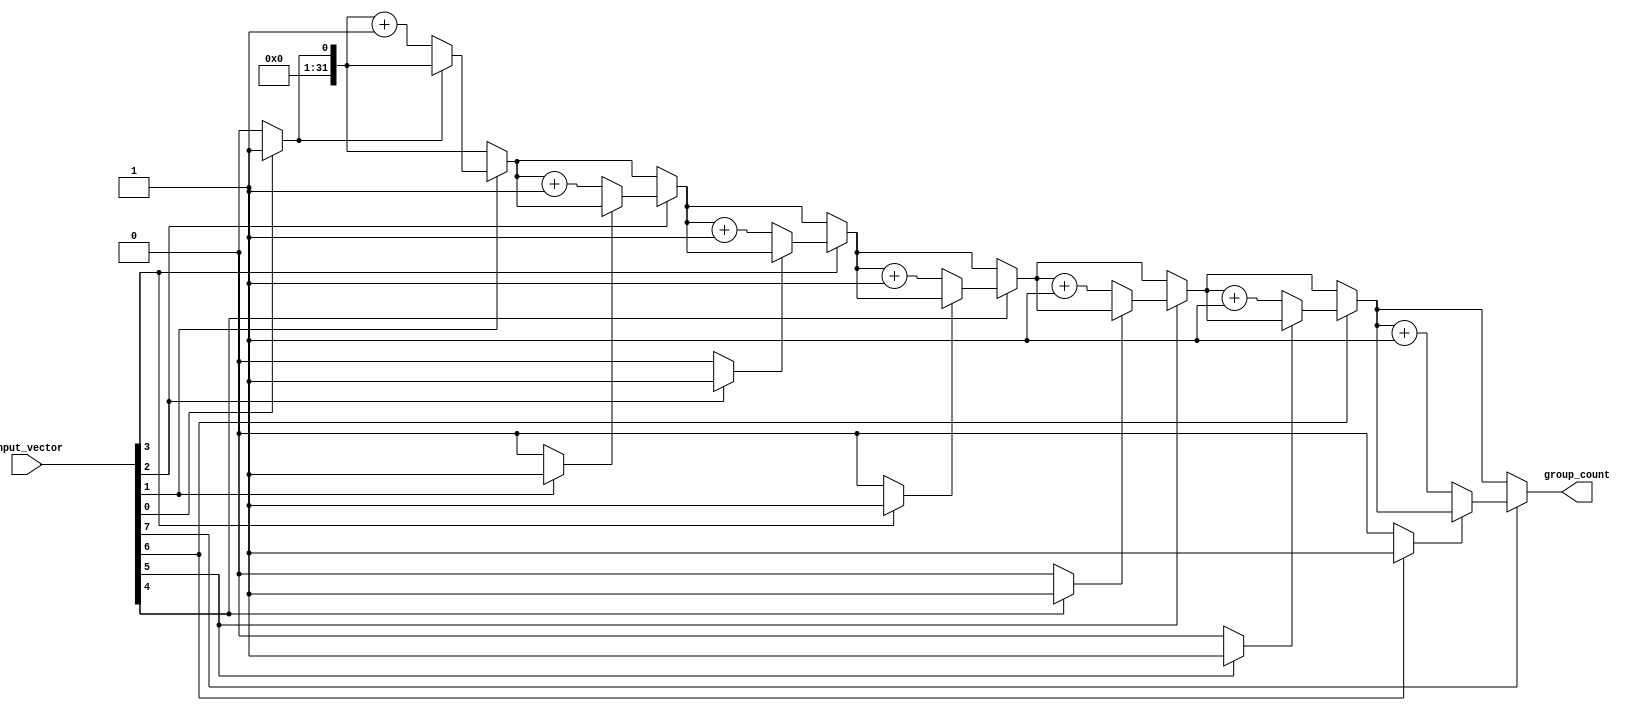
module group_of_ones (
    input wire [N-1:0] input_vector, // N-bit binary input vector
    output reg [31:0] group_count      // Output for group count (assuming max count fits in 32 bits)
);
    parameter N = 8; // Define the size of the input vector (change as needed)

    integer i;
    reg in_group;

    always @(*) begin
        // Initialize group_count and in_group
        group_count = 0;
        in_group = 0;

        // Iterate through the input_vector
        for (i = 0; i < N; i = i + 1) begin
            if (input_vector[i] == 1'b1) begin
                if (in_group == 1'b0) begin
                    // New group found
                    group_count = group_count + 1;
                    in_group = 1'b1; // Set in_group to true
                end
            end else begin
                // Current bit is '0', end of any ongoing group
                in_group = 1'b0; // Set in_group to false
            end
        end
    end
endmodule